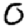
Digit: 0